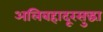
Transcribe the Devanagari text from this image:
अलिबहादूरसुद्धा